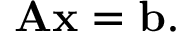
\mathbf { A x } = \mathbf { b } .